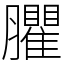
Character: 臞